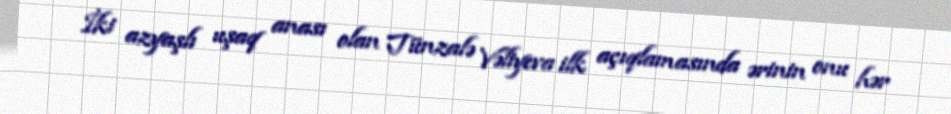
İki azyaşlı uşaq anası olan Tünzalə Vəliyeva ilk açıqlamasında ərinin onu hər